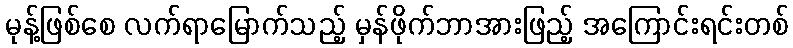
မုန့်ဖြစ်စေ လက်ရာမြောက်သည့် မှန်ဖိုက်ဘာအားဖြည့် အကြောင်းရင်းတစ်